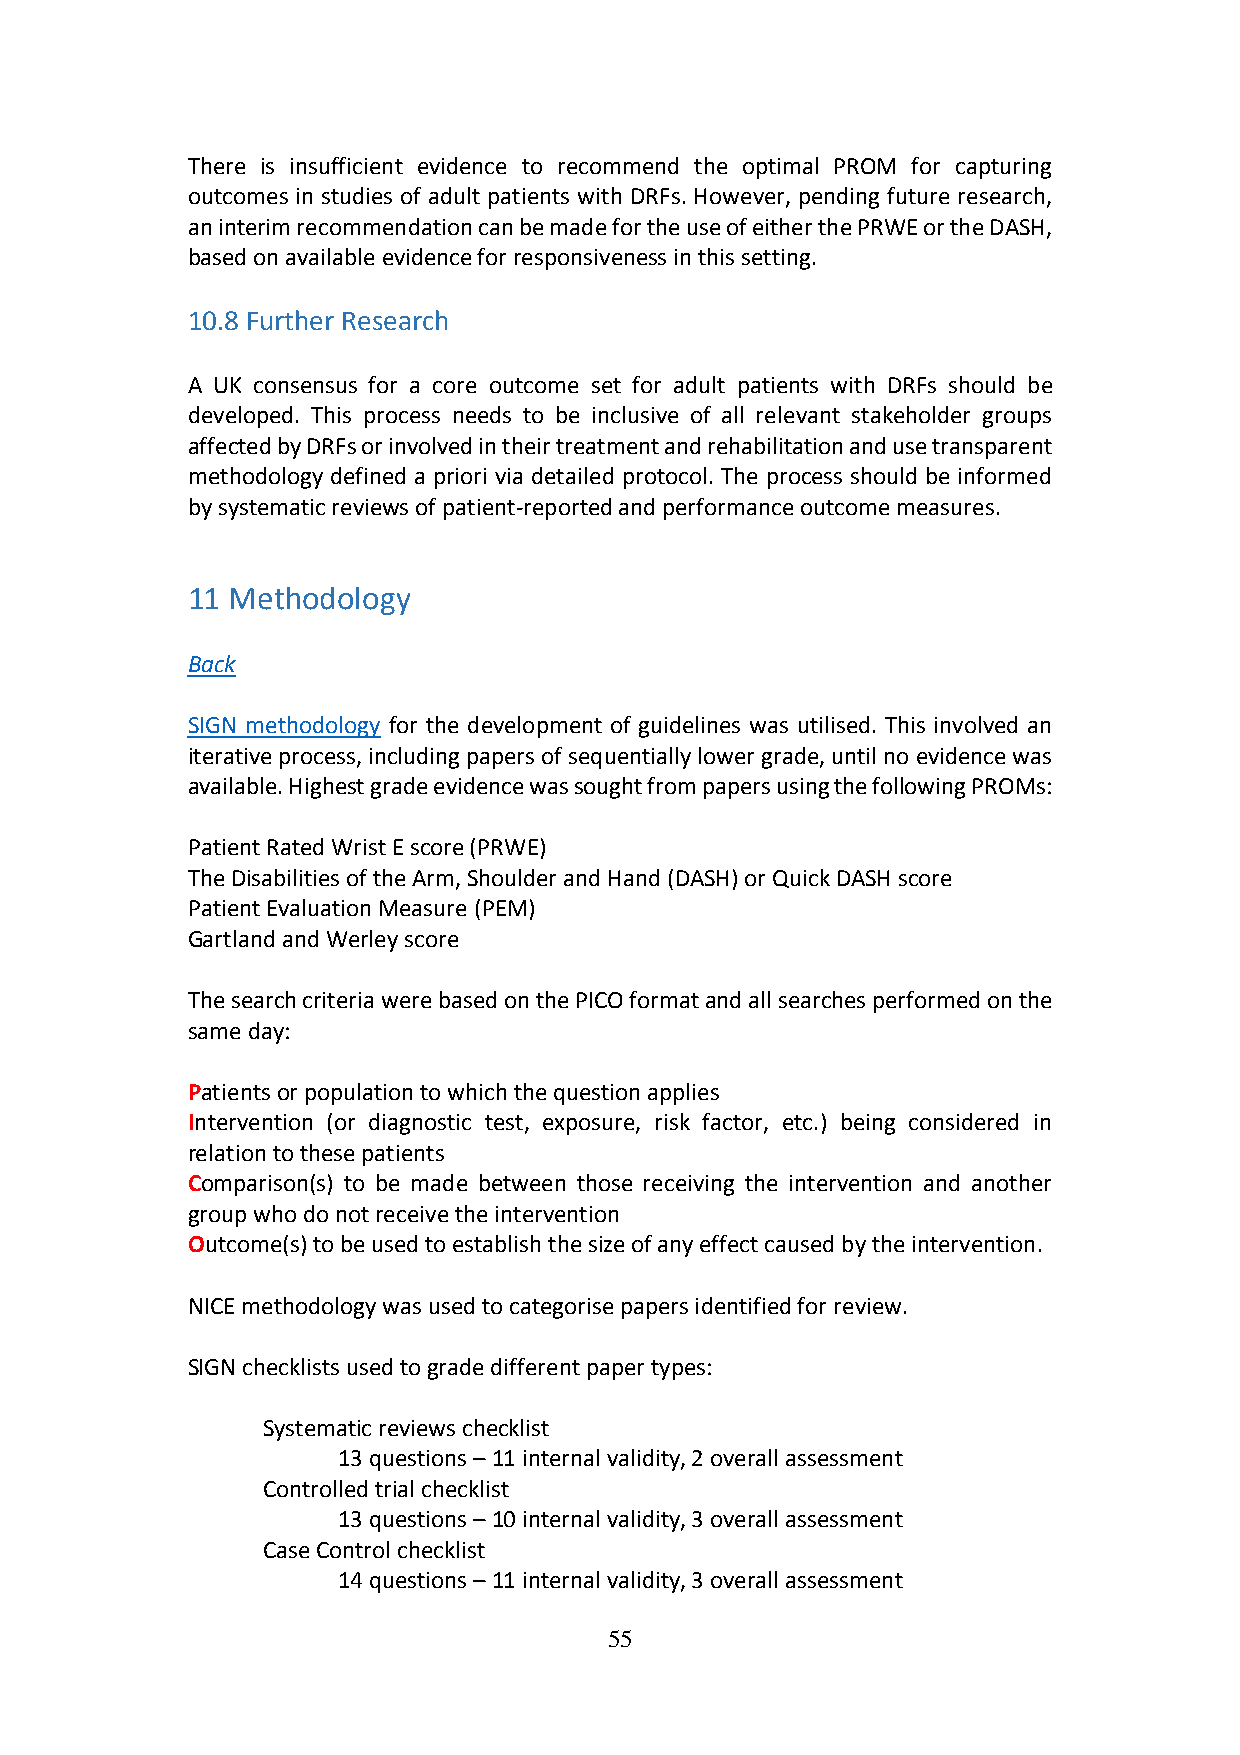
There is insufficient evidence to recommend the optimal PROM for capturing
 outcomes in studies of adult patients with DRFs. However, pending future research,
 an interim recommendation can be made for the use of either the PRWE or the DASH,
 based on available evidence for responsiveness in this setting.
 10.8 Further Research
 A UK consensus for a core outcome set for adult patients with DRFs should be
 developed. This process needs to be inclusive of all relevant stakeholder groups
 affected by DRFs or involved in their treatment and rehabilitation and use transparent
 methodology defined a priori via detailed protocol. The process should be informed
 by systematic reviews of patient-reported and performance outcome measures.
 11 Methodology
 Back
 SIGN methodology for the development of guidelines was utilised. This involved an
 iterative process, including papers of sequentially lower grade, until no evidence was
 available. Highest grade evidence was sought from papers using the following PROMs:
 Patient Rated Wrist E score (PRWE)
 The Disabilities of the Arm, Shoulder and Hand (DASH) or Quick DASH score
 Patient Evaluation Measure (PEM)
 Gartland and Werley score
 The search criteria were based on the PICO format and all searches performed on the
 same day:
 Patients or population to which the question applies
 Intervention (or diagnostic test, exposure, risk factor, etc.) being considered in
 relation to these patients
 Comparison(s) to be made between those receiving the intervention and another
 group who do not receive the intervention
 Outcome(s) to be used to establish the size of any effect caused by the intervention.
 NICE methodology was used to categorise papers identified for review.
 SIGN checklists used to grade different paper types:
 Systematic reviews checklist
 13 questions – 11 internal validity, 2 overall assessment
 Controlled trial checklist
 13 questions – 10 internal validity, 3 overall assessment
 Case Control checklist
 14 questions – 11 internal validity, 3 overall assessment
 55